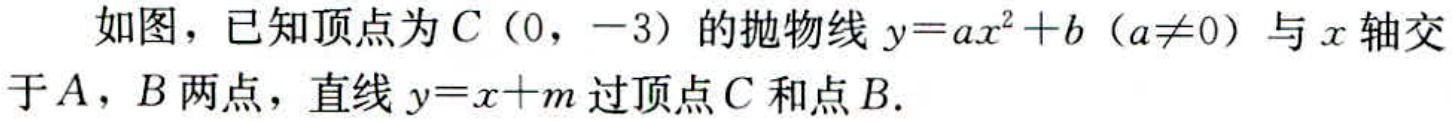
如图，已知顶点为\(C(0,-3)\)的抛物线\(y = ax^{2}+b(a\neq0)\)与\(x\)轴交于\(A\)，\(B\)两点，直线\(y = x + m\)过顶点\(C\)和点\(B\).